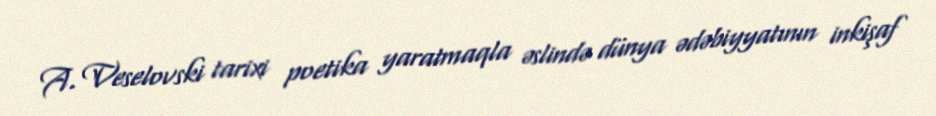
A. Veselovski tarixi poetika yaratmaqla əslində dünya ədəbiyyatının inkişaf